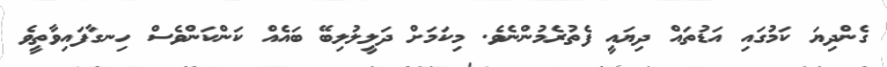
ގެންދިޔަ ކަމުގައި އަޑުތައް ދިޔައީ ފެތުރެމުންނެވެ. މިކަމަށް ދަލީލުލިބޭ ބައެއް ކަންކަންވެސް ހިނގާފައިވާތީވެ